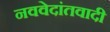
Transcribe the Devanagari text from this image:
नववेदांतवादी